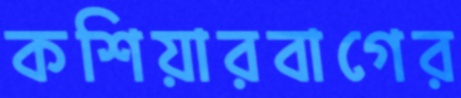
কশিয়ারবাগের